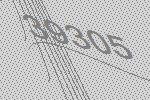
39305